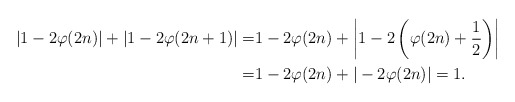
\begin{align*} |1-2\varphi(2n)|+|1-2\varphi(2n+1)|=&1-2\varphi(2n)+\left|1-2\left(\varphi(2n)+\frac{1}{2}\right)\right| \\ =&1-2\varphi(2n)+|-2\varphi(2n)|=1. \end{align*}